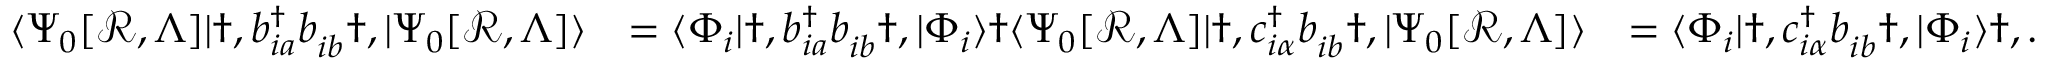
\begin{array} { r l r } { \langle \Psi _ { 0 } [ \mathcal { R } , \Lambda ] | \dag , b _ { i a } ^ { \dagger } b _ { i b } ^ { \phantom { \dagger } } \dag , | \Psi _ { 0 } [ \mathcal { R } , \Lambda ] \rangle } & { = \langle \Phi _ { i } | \dag , b _ { i a } ^ { \dagger } b _ { i b } ^ { \phantom { \dagger } } \dag , | \Phi _ { i } \rangle \dag \langle \Psi _ { 0 } [ \mathcal { R } , \Lambda ] | \dag , c _ { i \alpha } ^ { \dagger } b _ { i b } ^ { \phantom { \dagger } } \dag , | \Psi _ { 0 } [ \mathcal { R } , \Lambda ] \rangle } & { = \langle \Phi _ { i } | \dag , c _ { i \alpha } ^ { \dagger } b _ { i b } ^ { \phantom { \dagger } } \dag , | \Phi _ { i } \rangle \dag , . } \end{array}